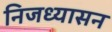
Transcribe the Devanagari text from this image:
निजध्यासन